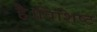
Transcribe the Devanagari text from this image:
है।विशिष्ट